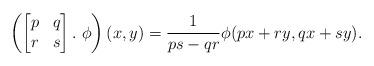
LaTeX: \begin{align*} \left(\begin{bmatrix} p & q \\ r & s \end{bmatrix} .\ \phi\right)(x,y) = \frac{1}{p s - q r} \phi(px + ry, qx + sy).\end{align*}